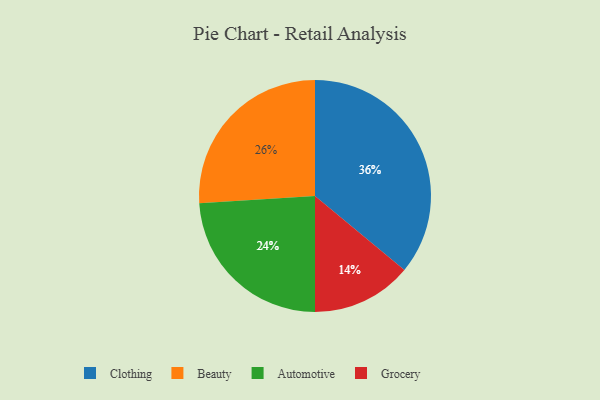
{"axis": {"x": "Category", "y": "Percentage"}, "legend": ["Automotive", "Beauty", "Clothing", "Grocery"], "data": [{"x": "Automotive", "y": 24, "type": "Automotive"}, {"x": "Grocery", "y": 14, "type": "Grocery"}, {"x": "Clothing", "y": 36, "type": "Clothing"}, {"x": "Beauty", "y": 26, "type": "Beauty"}]}